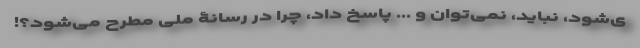
ی‌شود، نباید، نمی‌توان و ... پاسخ داد، چرا در رسانۀ ملّی مطرح می‌شود؟!